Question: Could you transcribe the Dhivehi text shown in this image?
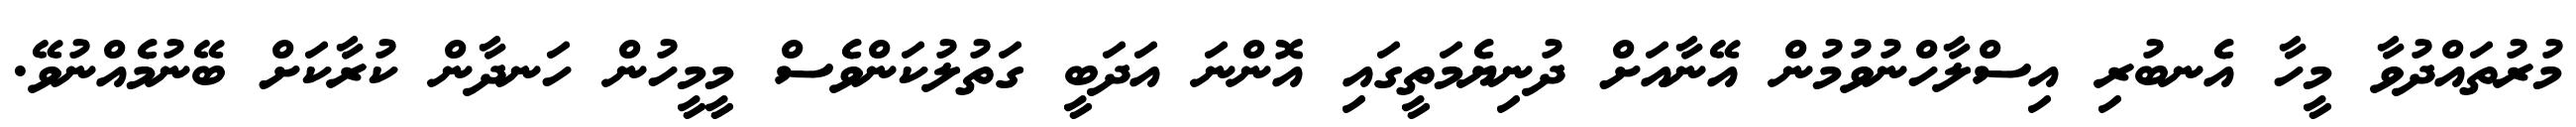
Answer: މުރުތައްދުވާ މީހާ އެނބުރި އިސްލާހްނުވުމުން އޭނާއަށް ދުނިޔެމަތީގައި އޮންނަ އަދަބީ ގަތުލުކަންވެސް މީމީހުން ހަނދާން ކުރާކަށް ބޭނުމެއްނުވޭ.